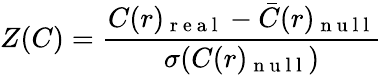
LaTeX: Z(C)=\frac{C(r)_{\mathrm{~r~e~a~l~}}-\bar{C}(r)_{\mathrm{~n~u~l~l~}}}{\sigma(C(r)_{\mathrm{~n~u~l~l~}})}